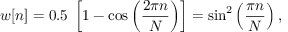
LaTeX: w [ n ] = 0 . 5 \; \left[ 1 - \cos \left( { \frac { 2 \pi n } { N } } \right) \right] = \sin ^ { 2 } \left( { \frac { \pi n } { N } } \right) ,